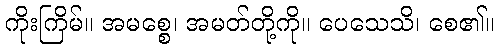
ကိုးကြိမ်။ အမစ္စေ၊ အမတ်တို့ကို။ ပေသေသိ၊ စေ၏။